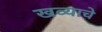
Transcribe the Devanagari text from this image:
खव्याचे